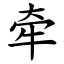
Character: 牵